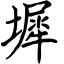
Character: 墀